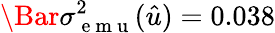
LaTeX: \Bar{\sigma}_{\mathrm{~e~m~u~}}^{2}(\hat{u})=0.038